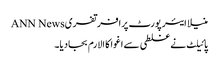
منیلا ایئر پورٹ پرافرتفریANN News
پائیلٹ نے غلطی سے اغوا کا الارم بجادیا۔